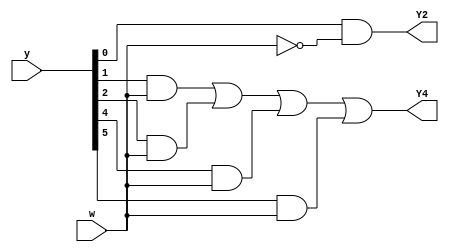
module top_module (
    input [6:1] y,
    input w,
    output Y2,
    output Y4);

    wire [6:1] Y;
    parameter A=1, B=2, C=3, D=4, E=5, F=6;

    assign Y[B] = y[A] & ~w;
    assign Y[D] = (y[B] & w) | (y[C] & w) | (y[E] & w) | (y[F] & w);

    assign Y2 = Y[B];
    assign Y4 = Y[D];

endmodule